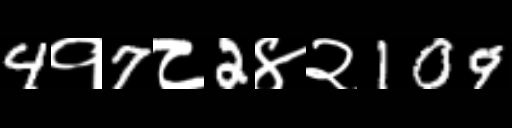
Text: 4१7८2४२109